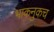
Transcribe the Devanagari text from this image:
भाकनुकच